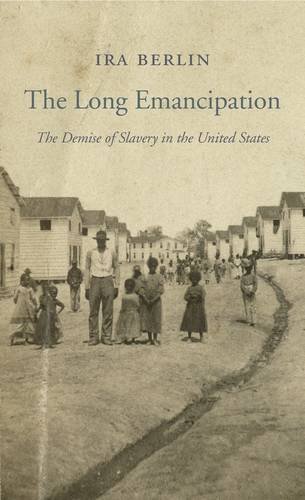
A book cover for The Long Emancipation: The Demise of Slavery in the United States (The Nathan I. Huggins Lectures); Ira Berlin; History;